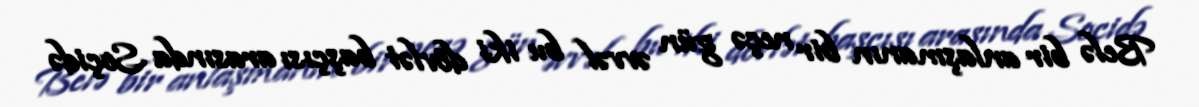
Belə bir anlaşmanın bir neçə gün əvvəl bu iki dövlət başçısı arasında Soçidə